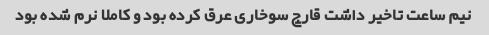
نیم ساعت تاخیر داشت قارچ سوخاری عرق کرده بود و کاملا نرم شده بود